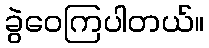
ခွဲဝေကြပါတယ်။